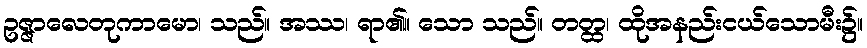
ဥဇ္ဇာလေတုကာမော၊ သည်။ အဿ၊ ရာ၏။ သော သည်။ တတ္ထ၊ ထိုအနည်းငယ်သောမီး၌။